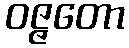
ဝဇ္ဇတော